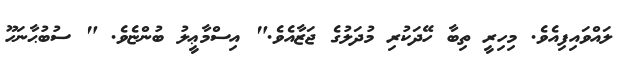
ލައްވައިފިއެވެ. މިހިރީ ތިބާ ހޭދަކުރި މުދަލުގެ ޖަޒާއެވެ." އިސްމާޢީލު ބުންޏެވެ. " ސުބުޙާނަހޫ